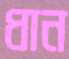
ধান